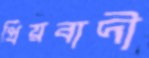
প্রিয়বাদী